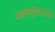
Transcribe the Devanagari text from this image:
नवलगुंदकरांचे